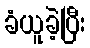
ခံယူခဲ့ပြီး